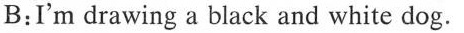
B:I'm drawing a black and white dog.